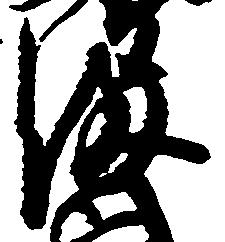
満